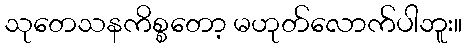
သုတေသနကိစ္စတော့ မဟုတ်လောက်ပါဘူး။